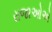
રાજાઓએ